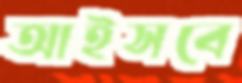
আইসবে